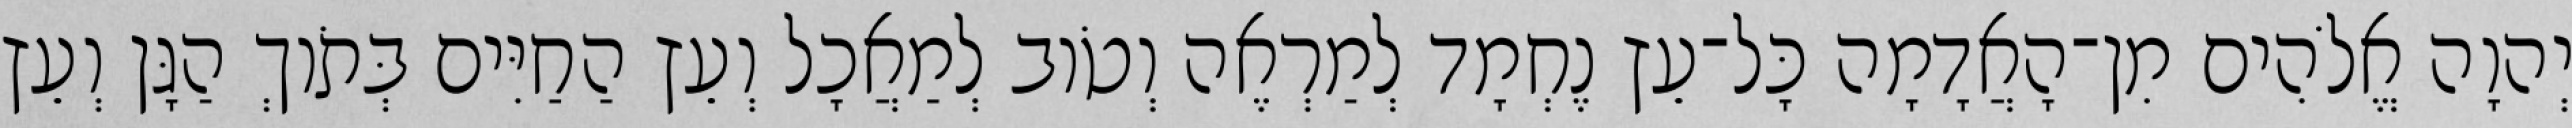
יְהוָה אֱלֹהִים מִן־הָאֲדָמָה כָּל־עֵץ נֶחְמָד לְמַרְאֶה וְטֹוב לְמַאֲכָל וְעֵץ הַחַיִּים בְּתֹוךְ הַגָּן וְעֵץ